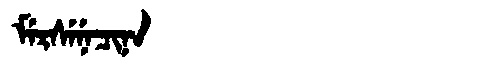
Manchu: ᠮᡝᡵᠰᡝᠨᡝᠴᡳᠨᠠ
Romanization: MERSENECINA